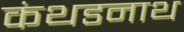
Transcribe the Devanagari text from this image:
कंथडनाथ